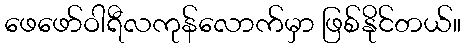
ဖေဖော်ဝါရီလကုန်လောက်မှာ ဖြစ်နိုင်တယ်။